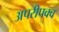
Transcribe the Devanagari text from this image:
अपरीपक्व